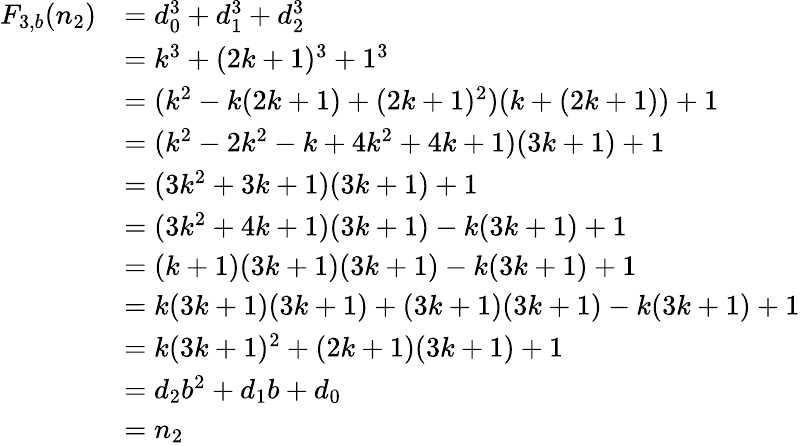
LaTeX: {\begin{array}{rl}{F_{3,b}(n_{2})}&{=d_{0}^{3}+d_{1}^{3}+d_{2}^{3}}\\ &{=k^{3}+(2k+1)^{3}+1^{3}}\\ &{=(k^{2}-k(2k+1)+(2k+1)^{2})(k+(2k+1))+1}\\ &{=(k^{2}-2k^{2}-k+4k^{2}+4k+1)(3k+1)+1}\\ &{=(3k^{2}+3k+1)(3k+1)+1}\\ &{=(3k^{2}+4k+1)(3k+1)-k(3k+1)+1}\\ &{=(k+1)(3k+1)(3k+1)-k(3k+1)+1}\\ &{=k(3k+1)(3k+1)+(3k+1)(3k+1)-k(3k+1)+1}\\ &{=k(3k+1)^{2}+(2k+1)(3k+1)+1}\\ &{=d_{2}b^{2}+d_{1}b+d_{0}}\\ &{=n_{2}}\end{array}}